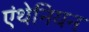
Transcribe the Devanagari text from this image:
एंथेनियन